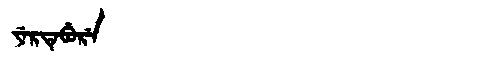
Manchu: ᠶᡝᡵᡨᡝᠪᡠᡵᡝ
Romanization: YERTEBURE